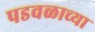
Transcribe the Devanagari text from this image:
पडवळाच्या